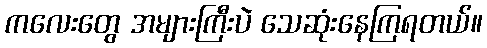
ကလေးတွေ အများကြီးပဲ သေဆုံးနေကြရတယ်။